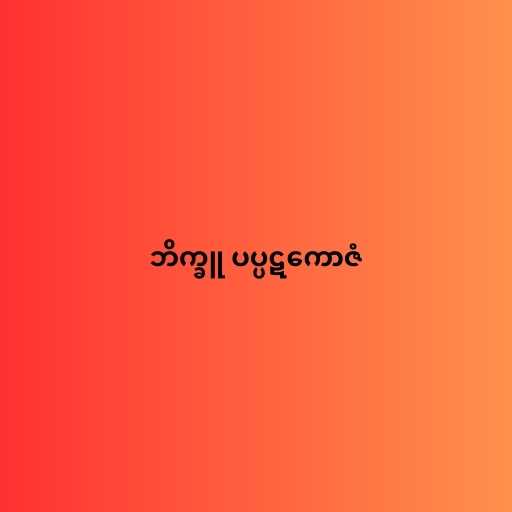
ဘိက္ခူ ပပ္ပဋကောဇံ